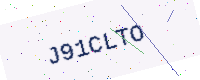
Text: J91CLTO